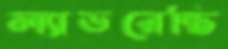
ল্যাভরেন্তি